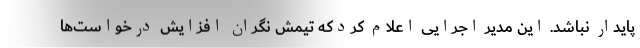
پایدار نباشد. این مدیر اجرایی اعلام کردکه تیمش نگران افزایش درخواست‌ها